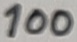
Text: 100